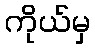
ကိုယ်မှ